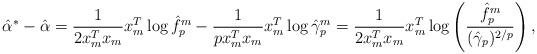
LaTeX: \begin{align*}\hat{\alpha}^* - \hat{\alpha} = \frac{1}{2x_m^T x_m}x_m^T \log \hat{f}_p^m - \frac{1}{p x_m^T x_m}x_m^T \log \hat{\gamma}_p^m = \frac{1}{2x_m^T x_m}x_m^T \log \left( \frac{\hat{f}_p^m}{(\hat{\gamma}_p)^{2/p}} \right),\end{align*}